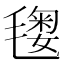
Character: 𣯲